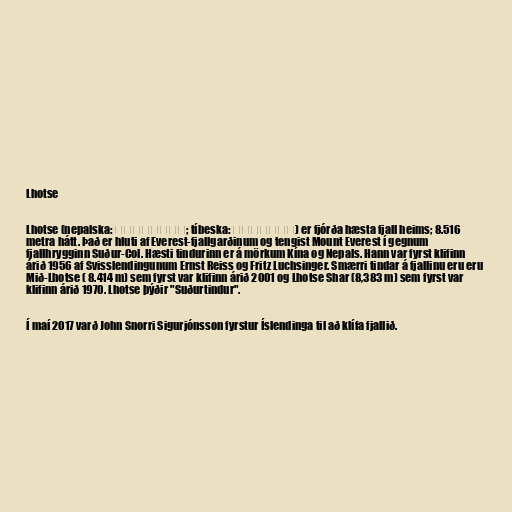
Lhotse

Lhotse (nepalska: ल्होत्से; tíbeska: ལྷོ་རྩེ) er fjórða hæsta fjall heims; 8.516
metra hátt. Það er hluti af Everest-fjallgarðinum og tengist Mount Everest í gegnum
fjallhrygginn Suður-Col. Hæsti tindurinn er á mörkum Kína og Nepals. Hann var fyrst klifinn
árið 1956 af Svisslendingunum Ernst Reiss og Fritz Luchsinger. Smærri tindar á fjallinu eru eru
Mið-Lhotse ( 8.414 m) sem fyrst var klifinn árið 2001 og Lhotse Shar (8,383 m) sem fyrst var
klifinn árið 1970. Lhotse þýðir "Suðurtindur".

Í maí 2017 varð John Snorri Sigurjónsson fyrstur Íslendinga til að klífa fjallið.